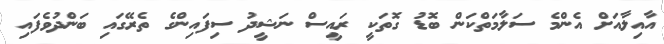
އާއިލާއަށް އެންމެ ސަލާމަތްކަން ބޮޑު ގޮތަކީ ރައީސް ނަޝީދު ސިފައިންގެ ތެރޭގައި ބަންދުވެފައި